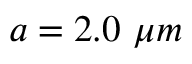
a = 2 . 0 ~ \mu m